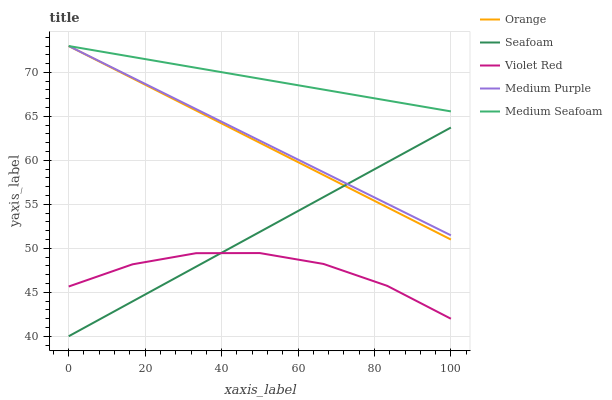
| xaxis_label | Orange | Seafoam | Violet Red | Medium Purple | Medium Seafoam |
 | --- | --- | --- | --- | --- | --- |
 | 0 | 73 | 40 | 45.7 | 73 | 73 |
 | 16.7 | 69.3 | 44 | 48.2 | 69.4 | 71.8 |
 | 33.3 | 65.7 | 47.9 | 49.4 | 65.8 | 70.5 |
 | 50 | 62 | 51.9 | 49.5 | 62.2 | 69.3 |
 | 66.7 | 58.3 | 55.8 | 48.2 | 58.7 | 68 |
 | 83.3 | 54.7 | 59.8 | 45.7 | 55.1 | 66.8 |
 | 100 | 51 | 63.7 | 42 | 51.5 | 65.6 |